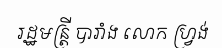
រដ្ឋមន្ត្រី បារាំង លោក ហ្វ្រង់